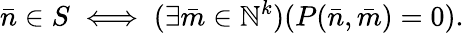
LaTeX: {\bar{n}}\in S\iff(\exists{\bar{m}}\in\mathbb{N}^{k})(P({\bar{n}},{\bar{m}})=0).